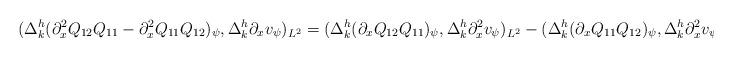
LaTeX: \begin{align*}(\Delta^h_k (\partial_x^2Q_{12}Q_{11}-\partial_x^2Q_{11}Q_{12})_\psi, \Delta^h_k \partial_x v_\psi)_{L^2}=(\Delta^h_k (\partial_xQ_{12}Q_{11})_\psi, \Delta^h_k \partial_x^2 v_\psi)_{L^2}-(\Delta^h_k (\partial_xQ_{11}Q_{12})_\psi, \Delta^h_k \partial_x^2 v_\psi)_{L^2}\end{align*}